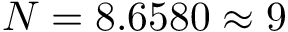
N = 8 . 6 5 8 0 \approx { 9 }